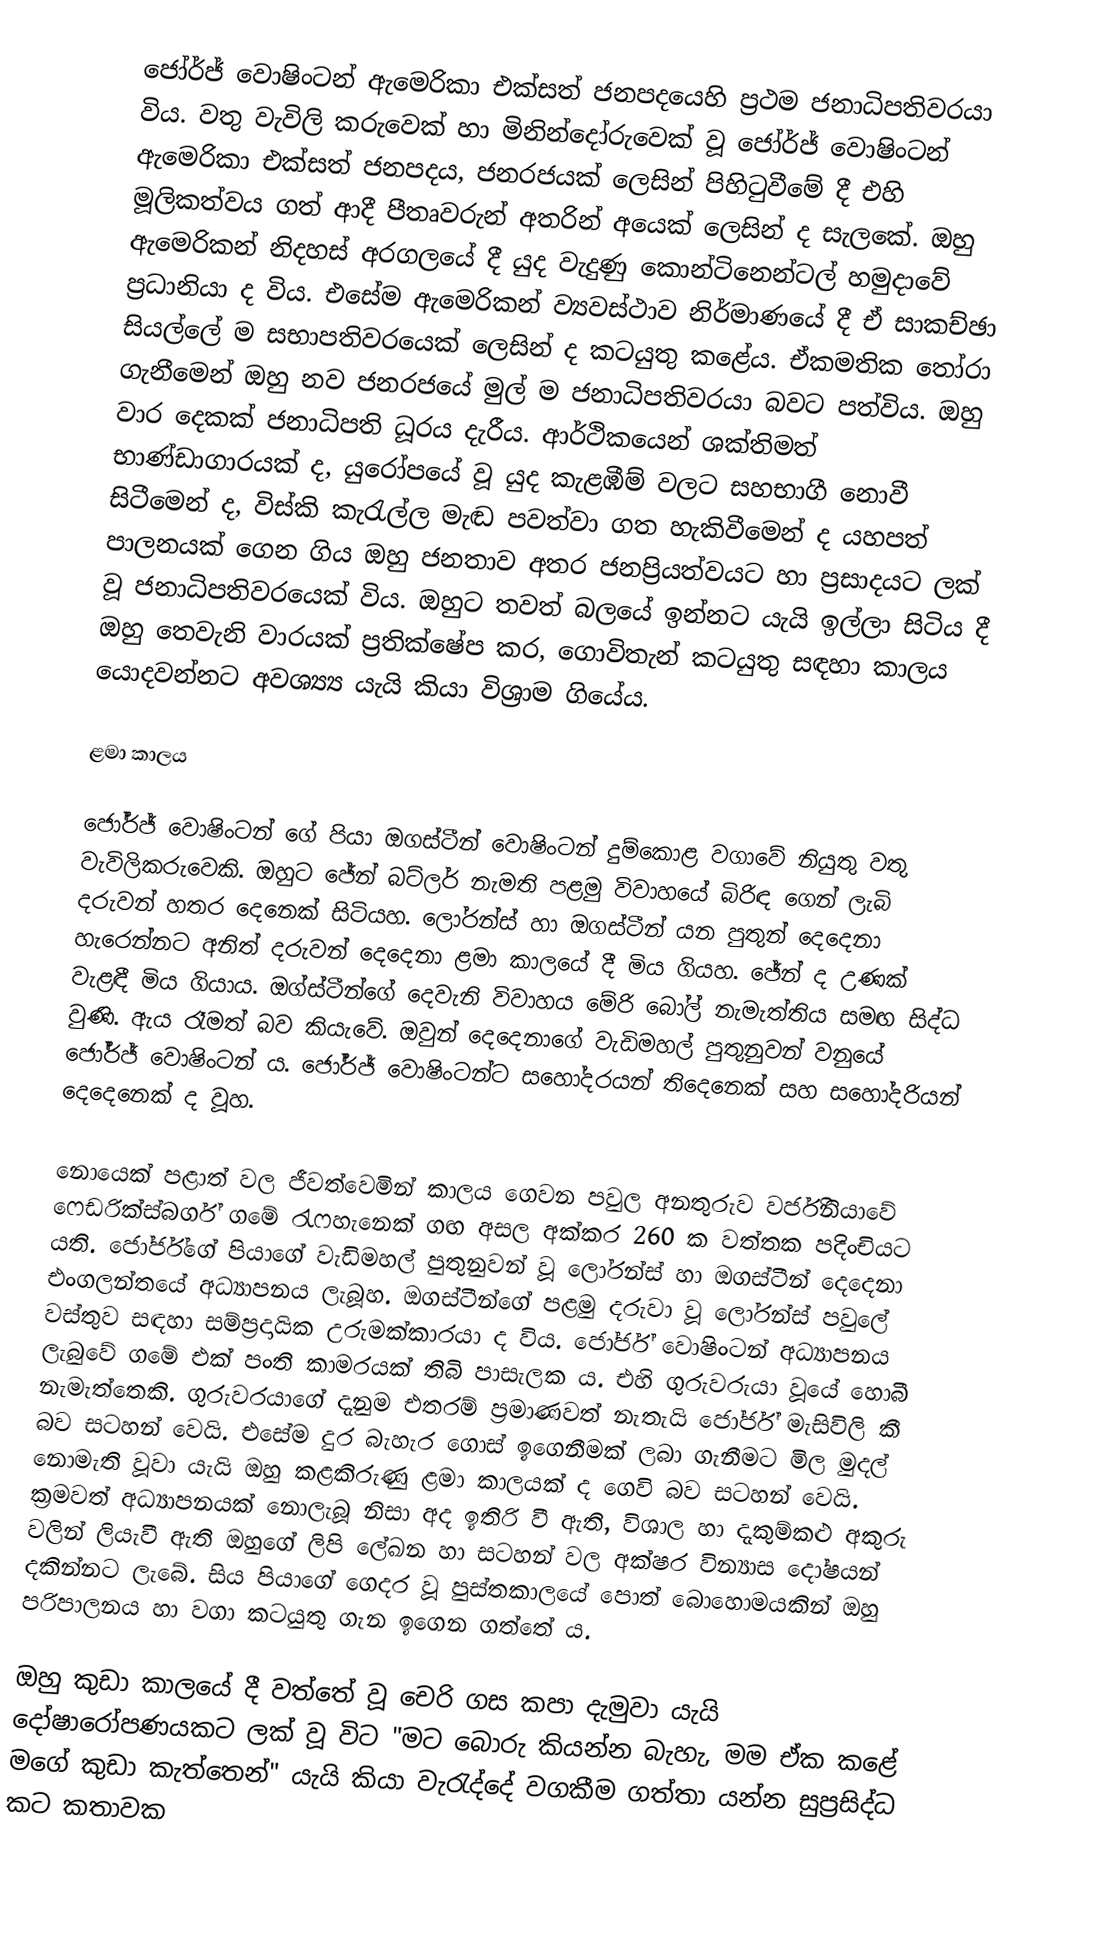
ජෝර්ජ් වොෂිංටන් ඇමෙරිකා එක්සත් ජනපදයෙහි ප්‍රථම ජනාධිපතිවරයා විය. වතු වැවිලි කරුවෙක් හා මිනින්දෝරුවෙක් වූ ජෝර්ජ් වොෂිංටන් ඇමෙරිකා එක්සත් ජනපදය, ජනරජයක් ලෙසින් පිහිටුවීමේ දී එහි මූලිකත්වය ගත් ආදී පීතෘවරුන් අතරින් අයෙක් ලෙසින් ද සැලකේ. ඔහු ඇමෙරිකන් නිදහස් අරගලයේ දී යුද වැදුණු කොන්ටිනෙන්ටල් හමුදාවේ ප්‍රධානියා ද විය. එසේම ඇමෙරිකන් ව්‍යවස්ථාව නිර්මාණයේ දී ඒ සාකච්ඡා සියල්ලේ ම සභාපතිවරයෙක් ලෙසින් ද කටයුතු කළේය. ඒකමතික තෝරා ගැනීමෙන් ඔහු නව ජනරජයේ මුල් ම ජනාධිපතිවරයා බවට පත්විය. ඔහු වාර දෙකක් ජනාධිපති ධූරය දැරීය. ආර්ථිකයෙන් ශක්තිමත් භාණ්ඩාගාරයක් ද, යුරෝපයේ වූ යුද කැළඹීම් වලට සහභාගී නොවී සිටීමෙන් ද, විස්කි කැරැල්ල මැඬ පවත්වා ගත හැකිවීමෙන් ද යහපත් පාලනයක් ගෙන ගිය ඔහු ජනතාව අතර ජනප්‍රියත්වයට හා ප්‍රසාදයට ලක් වූ ජනාධිපතිවරයෙක් විය. ඔහුට තවත් බලයේ ඉන්නට යැයි ඉල්ලා සිටිය දී ඔහු තෙවැනි වාරයක් ප්‍රතික්ෂේප කර, ගොවිතැන් කටයුතු සඳහා කාලය යොදවන්නට අවශ්‍ය්‍ය යැයි කියා විශ්‍රාම ගියේය.

ළමා කාලය

ජෝර්ජ් වොෂිංටන් ගේ පියා ඔගස්ටීන් වොෂිංටන් දුම්කොළ වගාවේ නියුතු වතු වැවිලිකරුවෙකි. ඔහුට ජේන් බට්ලර් නැමති පළමු විවාහයේ බිරිඳ ගෙන් ලැබි දරුවන් හතර දෙනෙක් සිටියහ. ලෝරන්ස් හා ඔගස්ටීන් යන පුතුන් දෙදෙනා හැරෙන්නට අනිත් දරුවන් දෙදෙනා ළමා කාලයේ දී මිය ගියහ. ජේන් ද උණක් වැළඳී මිය ගියාය. ඔග්ස්ටීන්ගේ දෙවැනි විවාහය මේරි බෝල් නැමැත්තිය සමඟ සිද්ධ වුණි. ඇය රෑමත් බව කියැවේ. ඔවුන් දෙදෙනාගේ වැඩිමහල් පුතුනුවන් වනුයේ ජෝර්ජ් වොෂිංටන් ය.  ජෝර්ජ් වොෂිංටන්ට සහෝදරයන් තිදෙනෙක් සහ සහෝදරියන් දෙදෙනෙක් ද වූහ.

නොයෙක් පළාත් වල ජීවත්වෙමින් කාලය ගෙවන පවුල අනතුරුව වර්ජිනියාවේ ෆෙඩරික්ස්බර්ග් ගමේ රැෆහැනෙක් ගඟ අසල අක්කර 260 ක වත්තක පදිංචියට යති.  ජෝර්ජ්ගේ පියාගේ වැඩිමහල් පුතුනුවන් වූ ලෝරන්ස් හා ඔගස්ටීන් දෙදෙනා එංගලන්තයේ අධ්‍යාපනය ලැබූහ. ඔගස්ටීන්ගේ පළමු දරුවා වූ ලෝරන්ස් පවුලේ වස්තුව සඳහා සම්ප්‍රදායික උරුමක්කාරයා ද විය. ජෝර්ජ් වොෂිංටන් අධ්‍යාපනය ලැබුවේ ගමේ එක් පංති කාමරයක් තිබි පාසැලක ය. එහි ගුරුවරුයා වූයේ හොබී නැමැත්තෙකි. ගුරුවරයාගේ දැනුම එතරම් ප්‍රමාණවත් නැතැයි ජෝර්ජ් මැසිවිලි කී බව සටහන් වෙයි. එසේම දුර බැහැර ගොස් ඉගෙනීමක් ලබා ගැනීමට මිල මුදල් නොමැති වූවා යැයි ඔහු කළකිරුණු ළමා කාලයක් ද ගෙවි බව සටහන් වෙයි. ක්‍රමවත් අධ්‍යාපනයක් නොලැබූ නිසා අද ඉතිරි වී ඇති, විශාල හා දැකුම්කළු අකුරු වලින් ලියැවී ඇති  ඔහුගේ ලිපි ලේඛන හා සටහන් වල අක්ෂර වින්‍යාස දෝෂයන් දකින්නට ලැබේ. සිය පියාගේ ගෙදර වූ පුස්තකාලයේ පොත් බොහොමයකින් ඔහු පරිපාලනය හා වගා කටයුතු ගැන ඉගෙන ගත්තේ ය.

ඔහු කුඩා කාලයේ දී වත්තේ වූ චෙරි ගස කපා දැමුවා යැයි දෝෂාරෝපණයකට ලක් වූ විට "මට බොරු කියන්න බැහැ, මම ඒක කළේ මගේ කුඩා කැත්තෙන්" යැයි කියා වැරැද්දේ වගකීම ගත්තා යන්න සුප්‍රසිද්ධ කට කතාවක